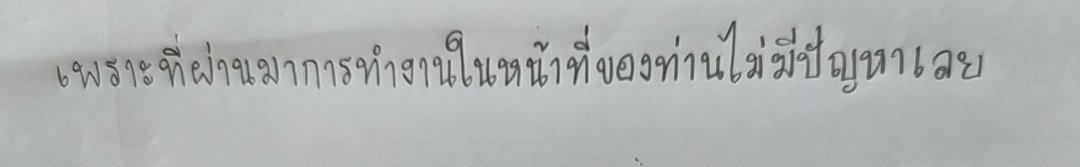
เพราะที่ผ่านมาการทำงานในหน้าที่ของท่านไม่มีปัญหาเลย